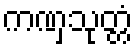
ကဏှသုတ္တံ